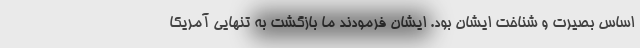
اساس بصیرت و شناخت ایشان بود. ایشان فرمودند ما بازگشت به تنهایی آمریکا